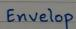
Envelop